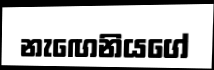
නැඟෙනියගේ